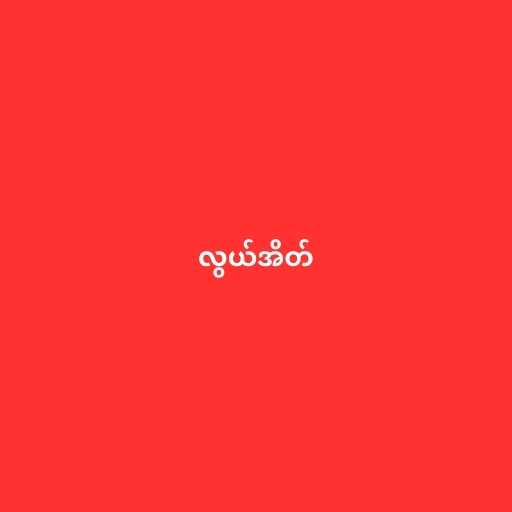
လွယ်အိတ်